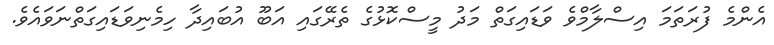
އެންމެ ފުރަތަމަ އިސްލާމްވެ ވަޑައިގަތް މަދު މީސްކޮޅުގެ ތެރޭގައި އަބޫ އުބައިދާ ހިމެނިވަޑައިގަތްނަވައެވެ.